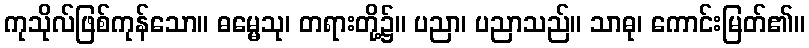
ကုသိုလ်ဖြစ်ကုန်သော။ ဓမ္မေသု၊ တရားတို့၌။ ပညာ၊ ပညာသည်။ သာဓု၊ ကောင်းမြတ်၏။